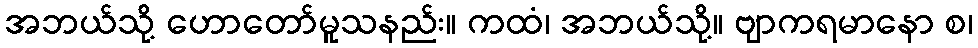
အဘယ်သို့ ဟောတော်မူသနည်း။ ကထံ၊ အဘယ်သို့။ ဗျာကရမာနော စ၊